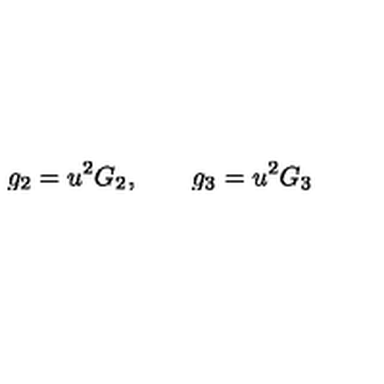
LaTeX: g _ { 2 } = u ^ { 2 } G _ { 2 } , \qquad g _ { 3 } = u ^ { 2 } G _ { 3 }